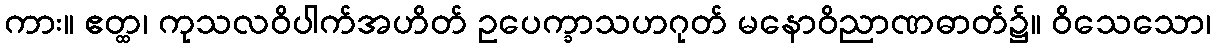
ကား။ ဧတ္ထ၊ ကုသလဝိပါက်အဟိတ် ဥပေက္ခာသဟဂုတ် မနောဝိညာဏဓာတ်၌။ ဝိသေသော၊